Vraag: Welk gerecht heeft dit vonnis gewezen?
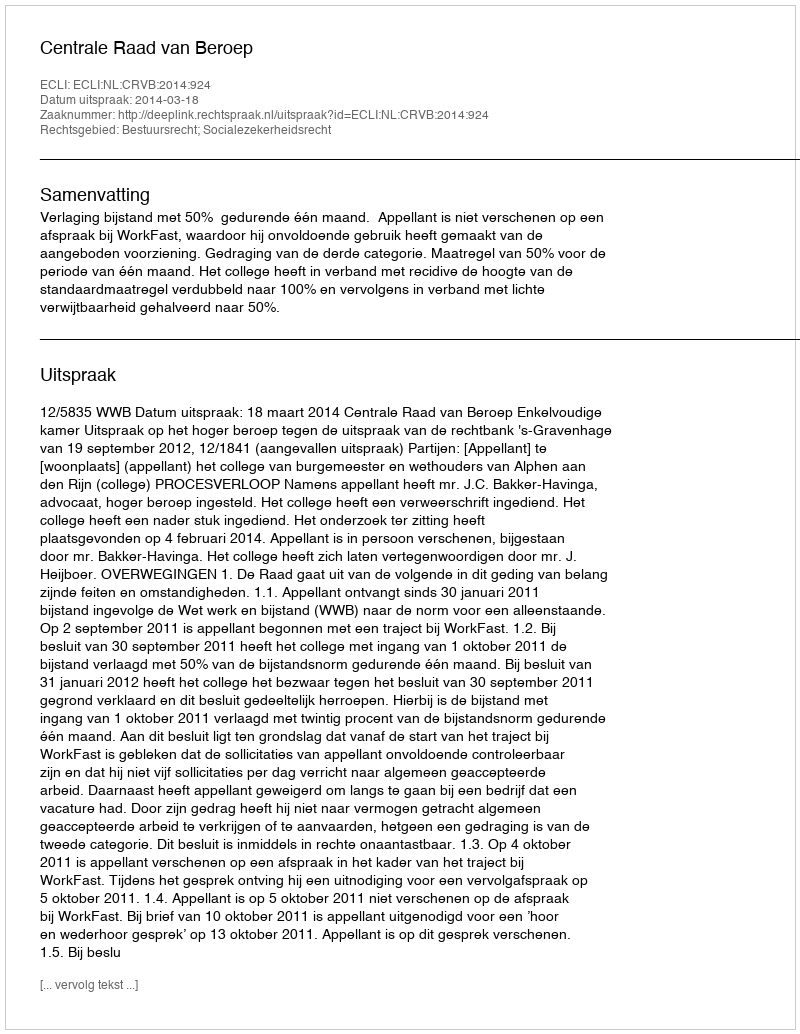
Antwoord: Centrale Raad van Beroep